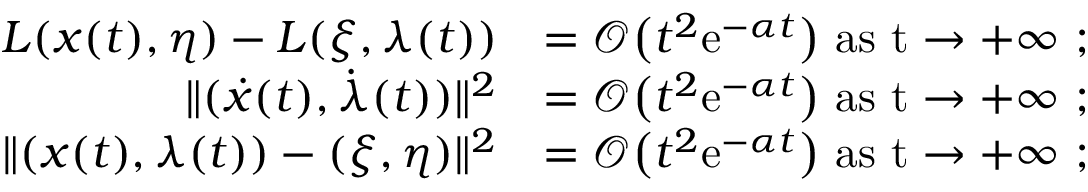
\begin{array} { r l } { L ( x ( t ) , \eta ) - L ( \xi , \lambda ( t ) ) } & { = \mathcal { O } \big ( t ^ { 2 } \mathrm { e } ^ { - \alpha t } \big ) \ \mathrm { a s ~ t \to + \infty ~ } ; } \\ { \lVert ( \dot { x } ( t ) , \dot { \lambda } ( t ) ) \rVert ^ { 2 } } & { = \mathcal { O } \big ( t ^ { 2 } \mathrm { e } ^ { - \alpha t } \big ) \ \mathrm { a s ~ t \to + \infty ~ } ; } \\ { \lVert ( x ( t ) , \lambda ( t ) ) - ( \xi , \eta ) \rVert ^ { 2 } } & { = \mathcal { O } \big ( t ^ { 2 } \mathrm { e } ^ { - \alpha t } \big ) \ \mathrm { a s ~ t \to + \infty ~ } ; } \end{array}